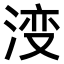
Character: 𣷷